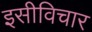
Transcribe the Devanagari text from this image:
इसीविचार